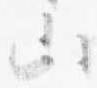
山